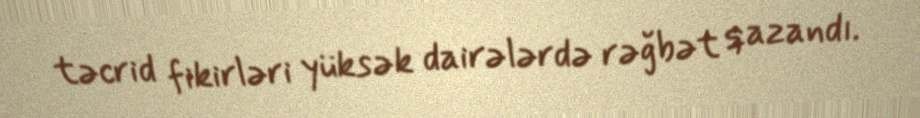
təcrid fikirləri yüksək dairələrdə rəğbət qazandı.